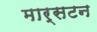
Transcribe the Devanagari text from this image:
मार्सटन